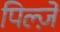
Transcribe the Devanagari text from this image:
पिल्ज़ें